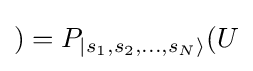
)=P_{|s_{1},s_{2},...,s_{N}\rangle }(U